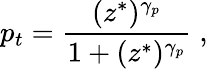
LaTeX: p_{t}=\frac{(z^{*})^{\gamma_{p}}}{1+(z^{*})^{\gamma_{p}}}\; ,